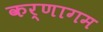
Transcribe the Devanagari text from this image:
कर्णागम